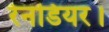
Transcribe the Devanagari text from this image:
रेनडियर।